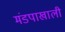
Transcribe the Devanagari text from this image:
मंडपाखाली